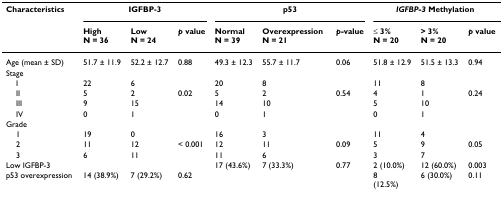
<table><thead><tr><td><b>Characteristics</b></td><td colspan="3"><b>IGFBP-3</b></td><td colspan="3"><b>p53</b></td><td colspan="3"><b><i>IGFBP-3 </i>Methylation</b></td></tr><tr><td></td><td><b>HighN = 36</b></td><td><b>LowN = 24</b></td><td><b><i>p </i>value</b></td><td><b>Normal N = 39</b></td><td><b>Overexpression N = 21</b></td><td><b><i>p-</i>value</b></td><td><b>≤ 3% N = 20</b></td><td><b>&gt; 3%N = 20</b></td><td><b><i>p </i>value</b></td></tr></thead><tbody><tr><td>Age (mean ± SD)</td><td>51.7 ± 11.9</td><td>52.2 ± 12.7</td><td>0.88</td><td>49.3 ± 12.3</td><td>55.7 ± 11.7</td><td>0.06</td><td>51.8 ± 12.9</td><td>51.5 ± 13.3</td><td>0.94</td></tr><tr><td>Stage</td><td></td><td></td><td></td><td></td><td></td><td></td><td></td><td></td><td></td></tr><tr><td> I</td><td>22</td><td>6</td><td></td><td>20</td><td>8</td><td></td><td>11</td><td>8</td><td></td></tr><tr><td> II</td><td>5</td><td>2</td><td>0.02</td><td>5</td><td>2</td><td>0.54</td><td>4</td><td>1</td><td>0.24</td></tr><tr><td> III</td><td>9</td><td>15</td><td></td><td>14</td><td>10</td><td></td><td>5</td><td>10</td><td></td></tr><tr><td> IV</td><td>0</td><td>1</td><td></td><td>0</td><td>1</td><td></td><td>0</td><td>1</td><td></td></tr><tr><td>Grade</td><td></td><td></td><td></td><td></td><td></td><td></td><td></td><td></td><td></td></tr><tr><td> 1</td><td>19</td><td>0</td><td></td><td>16</td><td>3</td><td></td><td>11</td><td>4</td><td></td></tr><tr><td> 2</td><td>11</td><td>12</td><td>&lt; 0.001</td><td>12</td><td>11</td><td>0.09</td><td>5</td><td>9</td><td>0.05</td></tr><tr><td> 3</td><td>6</td><td>11</td><td></td><td>11</td><td>6</td><td></td><td>3</td><td>7</td><td></td></tr><tr><td>Low IGFBP-3</td><td></td><td></td><td></td><td>17 (43.6%)</td><td>7 (33.3%)</td><td>0.77</td><td>2 (10.0%)</td><td>12 (60.0%)</td><td>0.003</td></tr><tr><td>p53 overexpression</td><td>14 (38.9%)</td><td>7 (29.2%)</td><td>0.62</td><td></td><td></td><td></td><td>8(12.5%)</td><td>6 (30.0%)</td><td>0.11</td></tr></tbody></table>